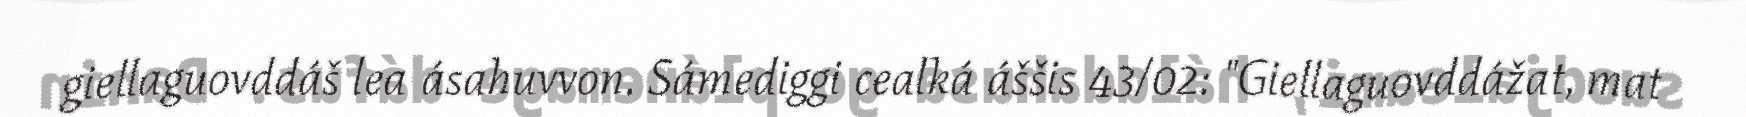
giellaguovddáš lea ásahuvvon. Sámediggi cealká áššis 43/02: "Giellaguovddážat, mat